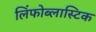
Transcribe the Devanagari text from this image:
लिंफोब्लास्टिक